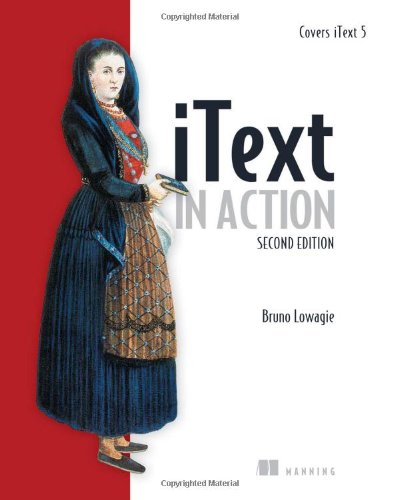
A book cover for iText in Action; Bruno Lowagie; Computers & Technology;